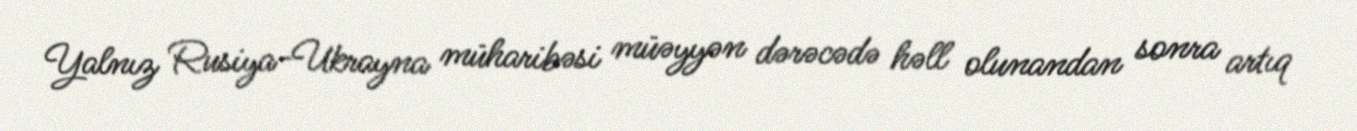
Yalnız Rusiya-Ukrayna müharibəsi müəyyən dərəcədə həll olunandan sonra artıq